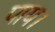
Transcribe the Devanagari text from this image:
पाय।